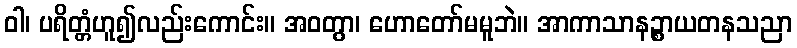
ဝါ၊ ပရိတ္တံဟူ၍လည်းကောင်း။ အဝတွာ၊ ဟောတော်မမူဘဲ။ အာကာသာနဉ္စာယတနသညာ